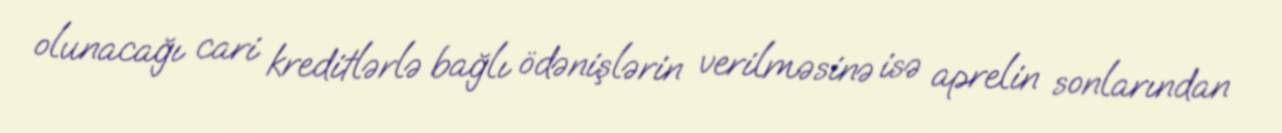
olunacağı cari kreditlərlə bağlı ödənişlərin verilməsinə isə aprelin sonlarından